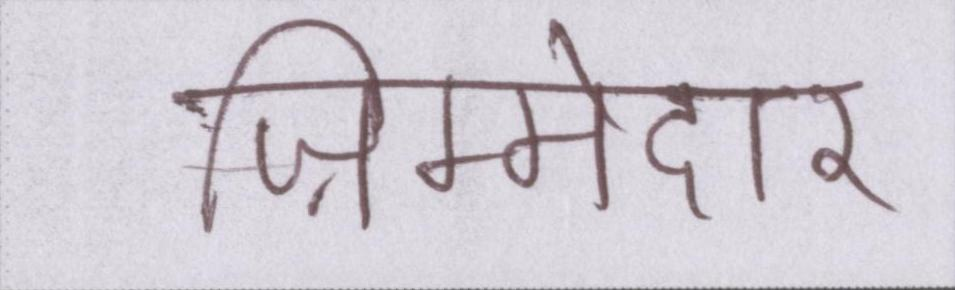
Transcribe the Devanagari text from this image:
ज़िम्मेदार